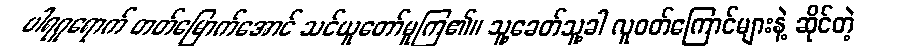
ပါရဂူရောက် တတ်မြောက်အောင် သင်ယူတော်မူကြ၏။ သူ့ခေတ်သူ့ခါ လူဝတ်ကြောင်များနဲ့ ဆိုင်တဲ့